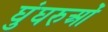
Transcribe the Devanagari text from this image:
घुंघरुओं